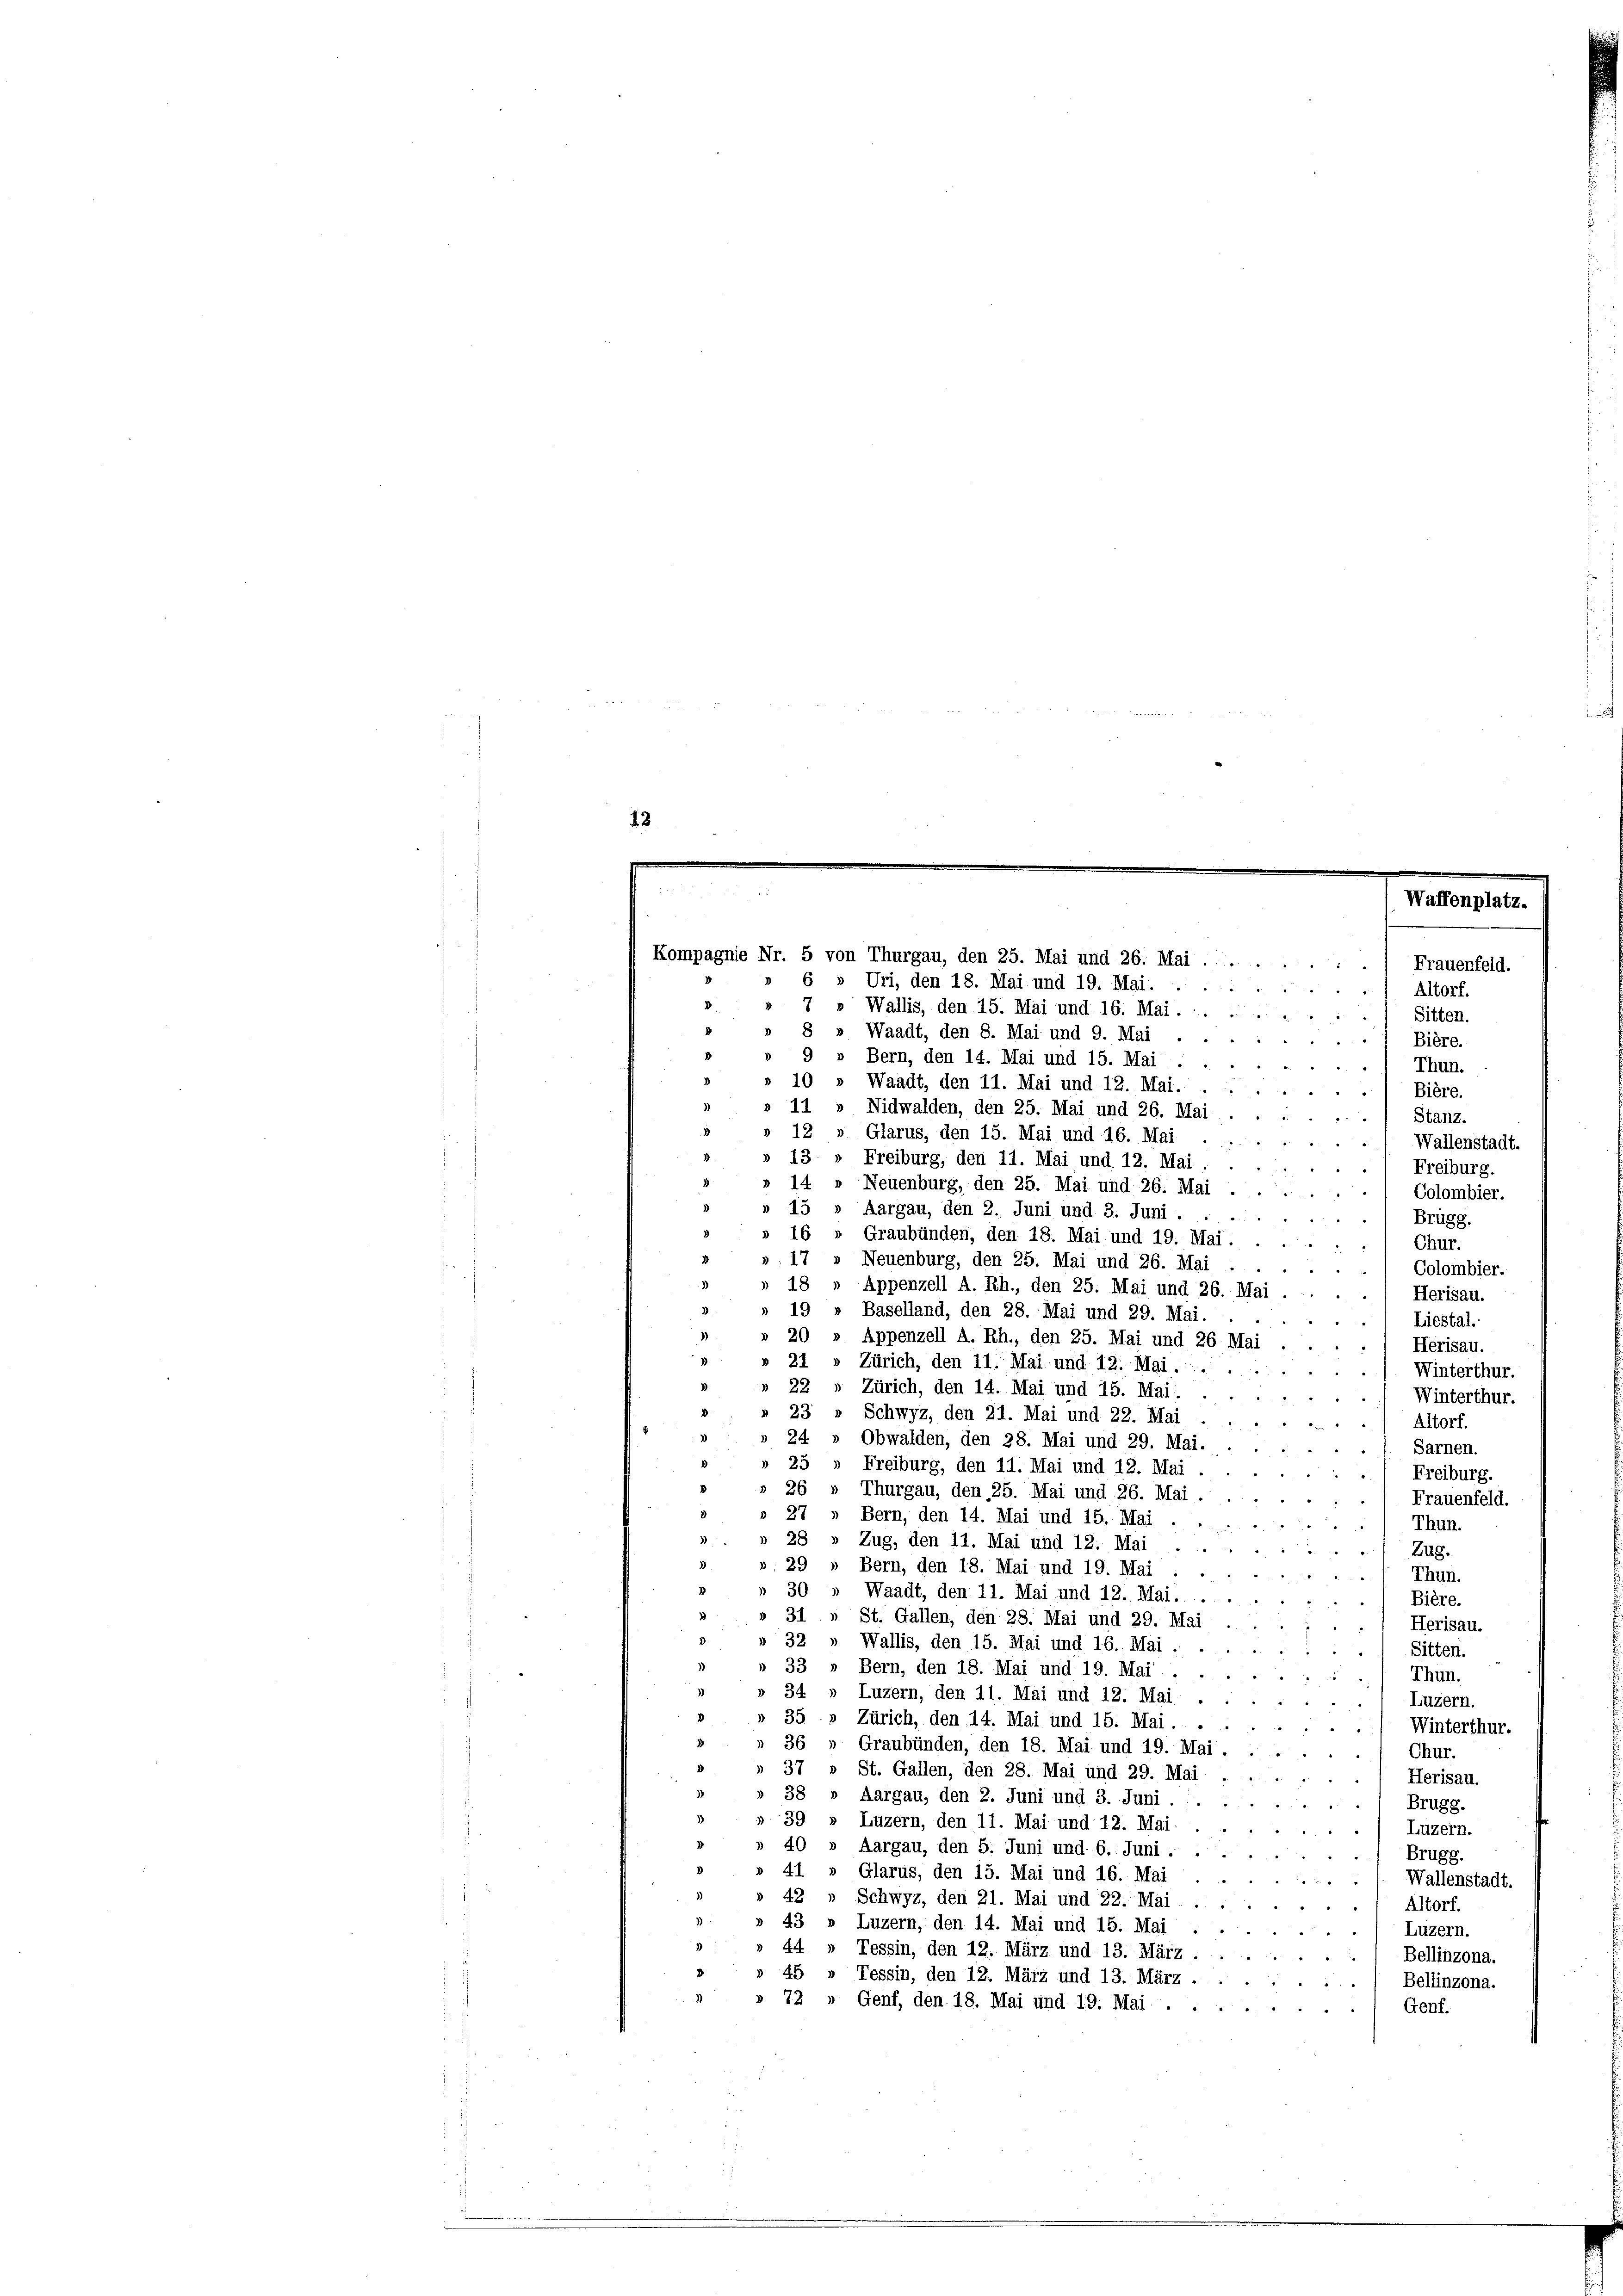
4
Altorf.
7 Wallis, den 15. Mai und 16. Mai.

Sitten.
8
Waadt, den 8. Mai und 9. Mai

Bière.
9 » Bern, den 14. Mai und 15. Mai ......
Thun.
10
Waadt, den 11. Mai und: 12. Mai.
Bière.
u
11
Nidwalden, den 25. Mai und 26. Mai
Stanz.
Glarus, den 15. Mai und 16. Mai
12.
Wallenstadt.
Freiburg, den 11. Mai und 12. Mai . .
) Freiburg.
Neuenburg, den 25. Mai und 26. Mai
Colombier.
Aargau, den 2. Juni und 3. Juni.
g
Brügg.
Graubünden, den 18. Mai und 19. Mai.
 Chur.
Neuenburg, den 25. Mai und 26. Mai
Colombier.
Appenzell A. Rh., den 25. Mai und 26. Mai
Herisau.
e
19
Baselland, den 28. Mai und 29. Mai.
Liestal.
20
Appenzell A. Rh., den 25. Mai und 26 Mai
Herisau.
21
Zürich, den 11. Mai und 12. Mai.
Winterthur.
Zürich, den 14. Mai und 15. Mai:
 Winterthur.
Schwyz, den 21. Mai und 22. Mai
Altorf.
2
Obwalden, den 28. Mai und 29. Mai.
 Sarnen.
25
Freiburg, den 11. Mai und 12. Mai
Freiburg.
26 » Thurgau, den 25. Mai und 26. Mai.
Frauenfeld.
27
Bern, den 14. Mai und 15. Mai .
Thun.
28
Zug, den 11. Mai und 12. Mai
Zug.
29
Bern, den 18. Mai und 19. Mai
Thun.
30
Waadt, den 11. Mai und 12. Mai.
Bière.
31
St. Gallen, den 28. Mai und 29. Mai
Herisau.
32 » Wallis, den 15. Mai und 16. Mai.
Sitten.
33 » Bern, den 18. Mai und 19. Mai.
Thun.
34 » Luzern, den 11. Mai und 12. Mai
Luzern.
35 » Zürich, den 14. Mai und 15. Mai.
Winterthur.

36
Graubünden, den 18. Mai und 19. Mai.
Chur,
37
St. Gallen, den 28. Mai und 29. Mai
Herisau.
38
Aargau, den 2. Juni und 3. Juni.
Brugg.
3.
Luzern, den 11. Mai und 12. Mai.
Luzern.
4
Aargau, den 5. Juni und 6. Juni.
Brugg.
Glarus, den 15. Mai und 16. Mai
Wallenstadt.
42.  Schwyz, den 21. Mai und 22. Mai
Altorf.
43
Luzern, den 14. Mai und 15. Mai
Luzern.
44 » Tessin, den 12. März und 13. März :
Bellinzona.
45
Tessin, den 12. März und 13. März .
Bellinzona.
» Genf, den 18. Mai und 19. Mai ....
Genf.

Kompagnie Nr. 5 von Thurgau, den 25. Mai und 26. Mai
6 » Uri, den 18. Mai und 19. Mai.

Frauenfeld.

latz.